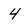
Character: 4